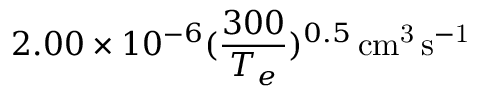
2 . 0 0 \times 1 0 ^ { - 6 } ( \frac { 3 0 0 } { T _ { e } } ) ^ { 0 . 5 } \, \mathrm { c m ^ { 3 } \, s ^ { - 1 } }